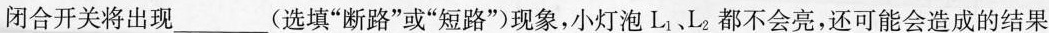
闭合开关将出现___(选填”断路”或”短路”)现象，小灯泡L_{1}、L_{2}都不会亮，还可能会造成的结果